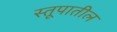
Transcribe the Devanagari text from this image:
स्तूपातील